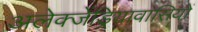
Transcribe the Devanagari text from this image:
अलेक्जेंड्रियावासियों